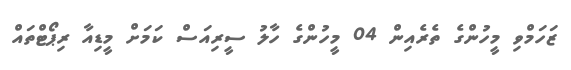
ޒަހަމްވި މީހުންގެ ތެރެއިން 04 މީހުންގެ ހާލު ސީރިއަސް ކަމަށް މީޑިއާ ރިޕޯޓްތައް